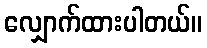
လျှောက်ထားပါတယ်။